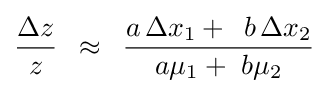
{\frac {\Delta z}{z}}\,\,\,\approx \,\,\,{\frac {a\,\Delta x_{1}+\,\,\,b\,\Delta x_{2}}{a\mu _{1}+\,\,b\mu _{2}}}